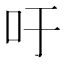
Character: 吁